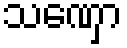
သဏှော